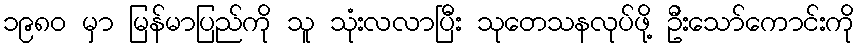
၁၉၈၀ မှာ မြန်မာပြည်ကို သူ သုံးလလာပြီး သုတေသနလုပ်ဖို့ ဦးသော်ကောင်းကို